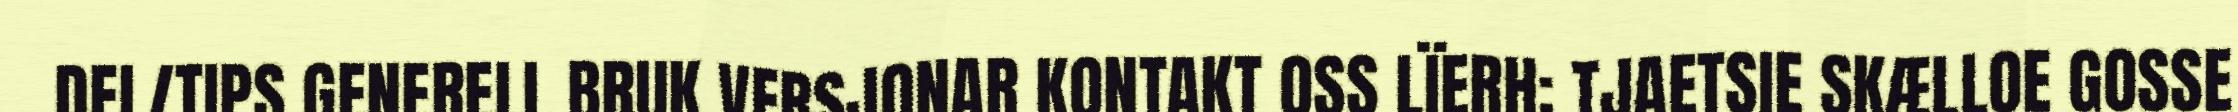
DEL/TIPS GENERELL BRUK VERSJONAR KONTAKT OSS LÏERH: TJAETSIE SKÆLLOE GOSSE